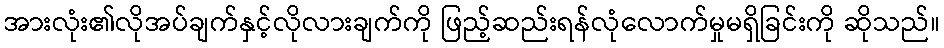
အားလုံး၏လိုအပ်ချက်နှင့်လိုလားချက်ကို ဖြည့်ဆည်းရန်လုံလောက်မှုမရှိခြင်းကို ဆိုသည်။